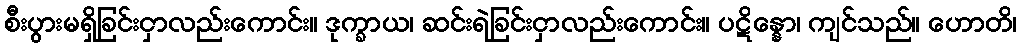
စီးပွားမရှိခြင်းငှာလည်းကောင်း။ ဒုက္ခာယ၊ ဆင်းရဲခြင်းငှာလည်းကောင်း။ ပဋိန္နော၊ ကျင်သည်။ ဟောတိ၊